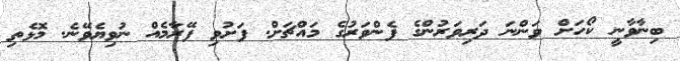
ބިނާވާނީ ކޯހަށް ވަންނަ ދަރިވަރުންގެ ފެންވަރުގެ މައްޗަށް. ފަށުވި ފޭރާމެއް ނުވިޔެވޭނެ. މޮޅެތި